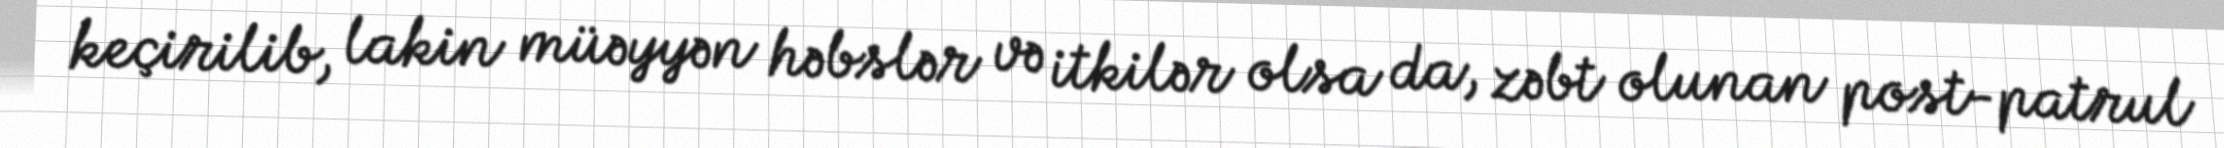
keçirilib, lakin müəyyən həbslər və itkilər olsa da, zəbt olunan post-patrul